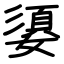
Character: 嬃